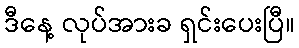
ဒီနေ့ လုပ်အားခ ရှင်းပေးပြီ။